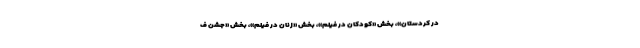
در کردستان»، بخش «کودکان در فیلم»، بخش «زنان در فیلم»، بخش «جشن ف